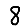
Digit: 8